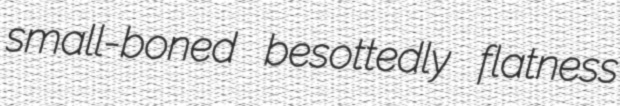
small-boned besottedly flatness